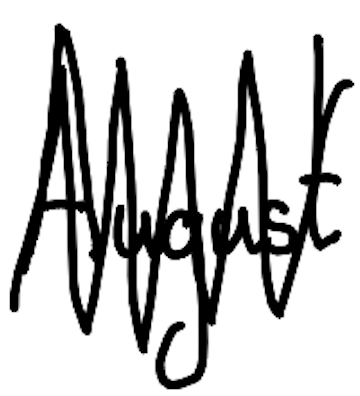
Text: August
Cross-out: zig-zag
Writing tool: digital_black